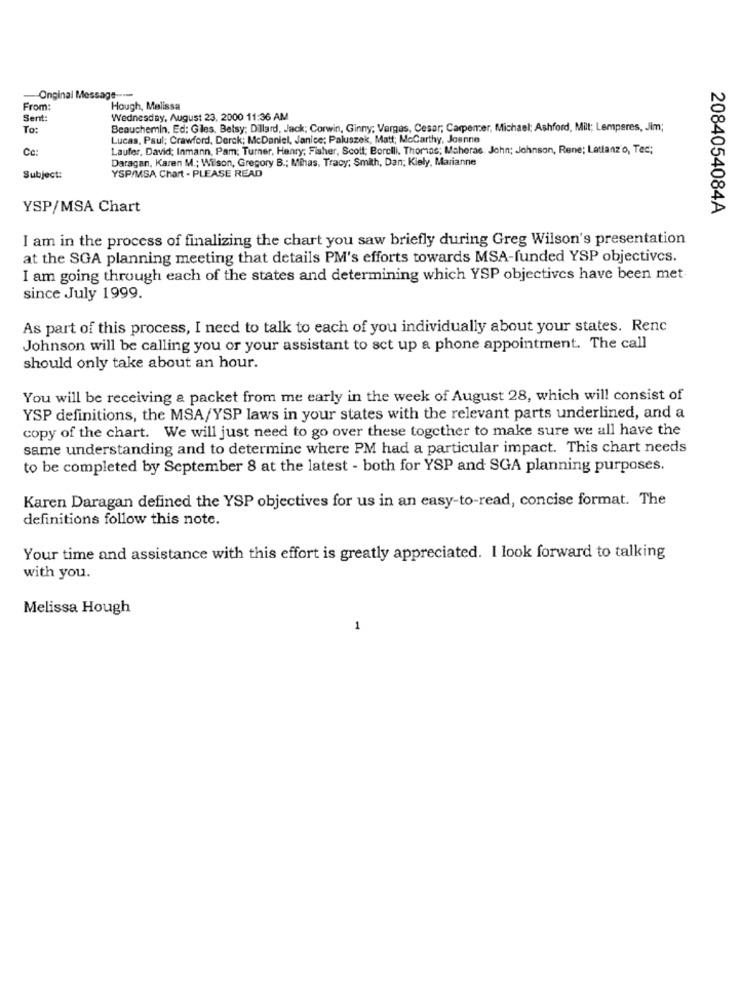
Onginal Message ----
From:
Hough, Melissa
Sent:
Wednesday, August 23, 2000 11:36 AM
To:
Beauchemin, Ed; Giles. Belsy; Dillard, Jack; Corwin, Ginny; Vargas, Cesar; Carpemer, Michael; Ashford, Mit; Lemperes, Jim;
Lucas, Paul; Crawford, Derck; McDaniel, Janice; Paluszek, Matt; Mccarthy, Joanne
Cc:
Laufer, David; Inmann, Pam; Turner, Henry; Fisher, Scott; Borelli. Thomas; Maheras. John; Johnson, Rene; Lattanzio, Ted;
Daragan, Karen M .; Wilson, Gregory B .; Mihas. Tracy; Smith, Dan; Kiely, Marianne
Subject:
YSP/MSA Chart - PLEASE READ
YSP/MSA Chart
2084054084A
I am in the process of finalizing the chart you saw briefly during Greg Wilson's presentation
at the SGA planning meeting that details PM's efforts towards MSA-funded YSP objectives.
I am going through each of the states and determining which YSP objectives have been met
since July 1999.
As part of this process, I need to talk to each of you individually about your states. Renc
Johnson will be calling you or your assistant to set up a phone appointment. The call
should only take about an hour.
You will be receiving a packet from me early in the week of August 28, which will consist of
YSP definitions, the MSA/YSP laws in your states with the relevant parts underlined, and a
copy of the chart. We will just need to go over these together to make sure we all have the
same understanding and to determine where PM had a particular impact. This chart needs
to be completed by September 8 at the latest - both for YSP and SGA planning purposes.
Karen Daragan defined the YSP objectives for us in an easy-to-read, concise format. The
definitions follow this note.
Your time and assistance with this effort is greatly appreciated. I look forward to talking
with you.
Melissa Hough
1